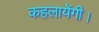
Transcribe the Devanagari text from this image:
कहलायेंगी।